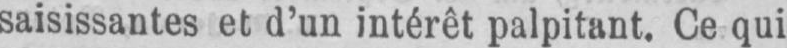
saisissantes et d’un intérêt palpitant. Ce qui